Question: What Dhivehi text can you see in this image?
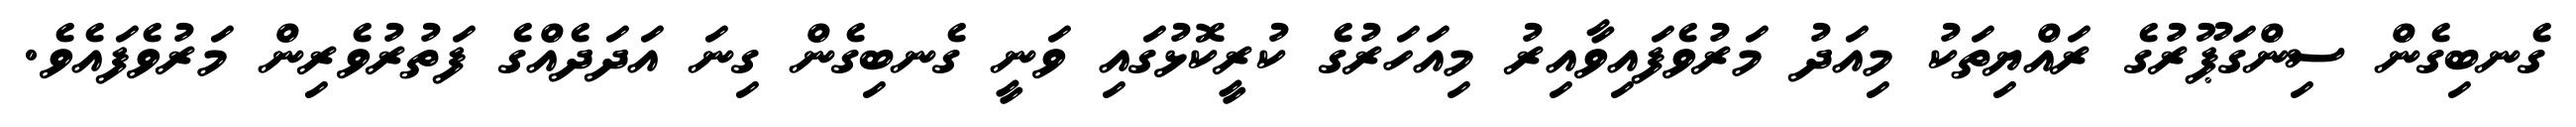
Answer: ގެނބިގެން ސިންގަޕޫރުގެ ރައްޔިތަކު މިއަދު މަރުވެފައިވާއިރު މިއަހަރުގެ ކުރީކޮޅުގައި ވަނީ ގެނބިގެން ގިނަ އަދަދެއްގެ ފަތުރުވެރިން މަރުވެފައެވެ.